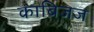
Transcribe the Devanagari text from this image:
काबिजज